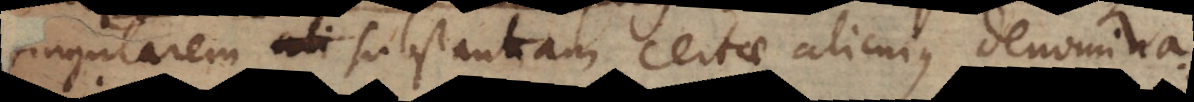
singularem substantiam certae alicujus denomina